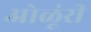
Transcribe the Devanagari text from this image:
ओळूंरी